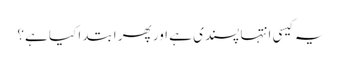
یہ کیسی انتہا پسندی ہے اور پھر ابتدا کیا ہے؟